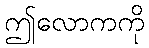
ဤလောကကို